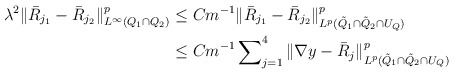
\begin{align*}\lambda^2\Vert \bar{R}_{j_1} - \bar{R}_{j_2}\Vert^p_{L^\infty(Q_1 \cap Q_2)} &\le Cm^{-1}\Vert \bar{R}_{j_1} - \bar{R}_{j_2}\Vert^p_{L^p(\tilde{Q}_1 \cap \tilde{Q}_2 \cap U_Q)} \\& \le Cm^{-1} \sum\nolimits^4_{j=1}\Vert \nabla y - \bar{R}_j\Vert^p_{L^p(\tilde{Q}_1 \cap \tilde{Q}_2 \cap U_Q)}\end{align*}